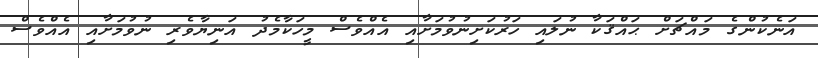
އަނެކުންގެ މައްޗަށް ޙައްޤަކާ ނުލައި ހަރުކަށިނުވުމަށާއި އެއްވެސް މީހަކާމެދު އަނިޔާވެރި ނުވުމަށާއި އެއްވެސް